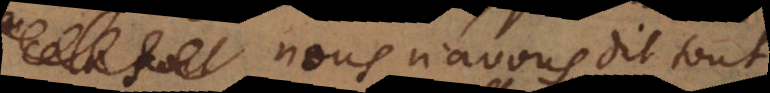
nous n’avons dit tout